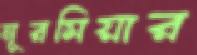
নূরমিয়ার